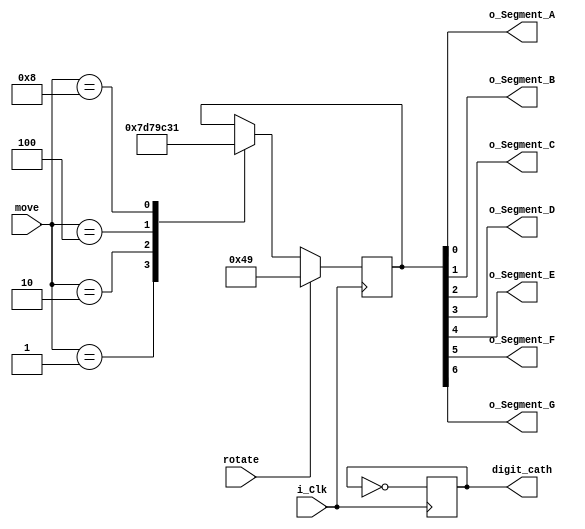
module Binary_To_7Segment
  (
   input       i_Clk,
   input wire [3:0] move,
   input wire rotate,
   output      o_Segment_A,
   output      o_Segment_B,
   output      o_Segment_C,
   output      o_Segment_D,
   output      o_Segment_E,
   output      o_Segment_F,
   output      o_Segment_G,
   output [0:0] digit_cath
   );
 
  reg [6:0]    r_Hex_Encoding = 7'h00;
   
  // Purpose: Creates a case statement for all possible input binary numbers.
  // Drives r_Hex_Encoding appropriately for each input combination.
  always @(posedge i_Clk)
    begin
      case (move)
        4'b0001 : r_Hex_Encoding <= 7'h3e;//up
        4'b0010 : r_Hex_Encoding <= 7'h5e;//down
        4'b0100 : r_Hex_Encoding <= 7'h38;//left
        4'b1000 : r_Hex_Encoding <= 7'h31;//right
        //5'b10000 : r_Hex_Encoding <= 7'h49;//spin
      endcase
      case(rotate)
      1'b1:r_Hex_Encoding<=7'h49;
      endcase
    end 
    reg segcath_holdtime;
    always @ (posedge i_Clk)
    
    begin

    segcath_holdtime<=~segcath_holdtime;
    end 
    assign digit_cath={segcath_holdtime};

  // r_Hex_Encoding[7] is unused
  assign o_Segment_A = r_Hex_Encoding[0];
  assign o_Segment_B = r_Hex_Encoding[1];
  assign o_Segment_C = r_Hex_Encoding[2];
  assign o_Segment_D = r_Hex_Encoding[3];
  assign o_Segment_E = r_Hex_Encoding[4];
  assign o_Segment_F = r_Hex_Encoding[5];
  assign o_Segment_G = r_Hex_Encoding[6];
 
endmodule // Button_To_7Segment